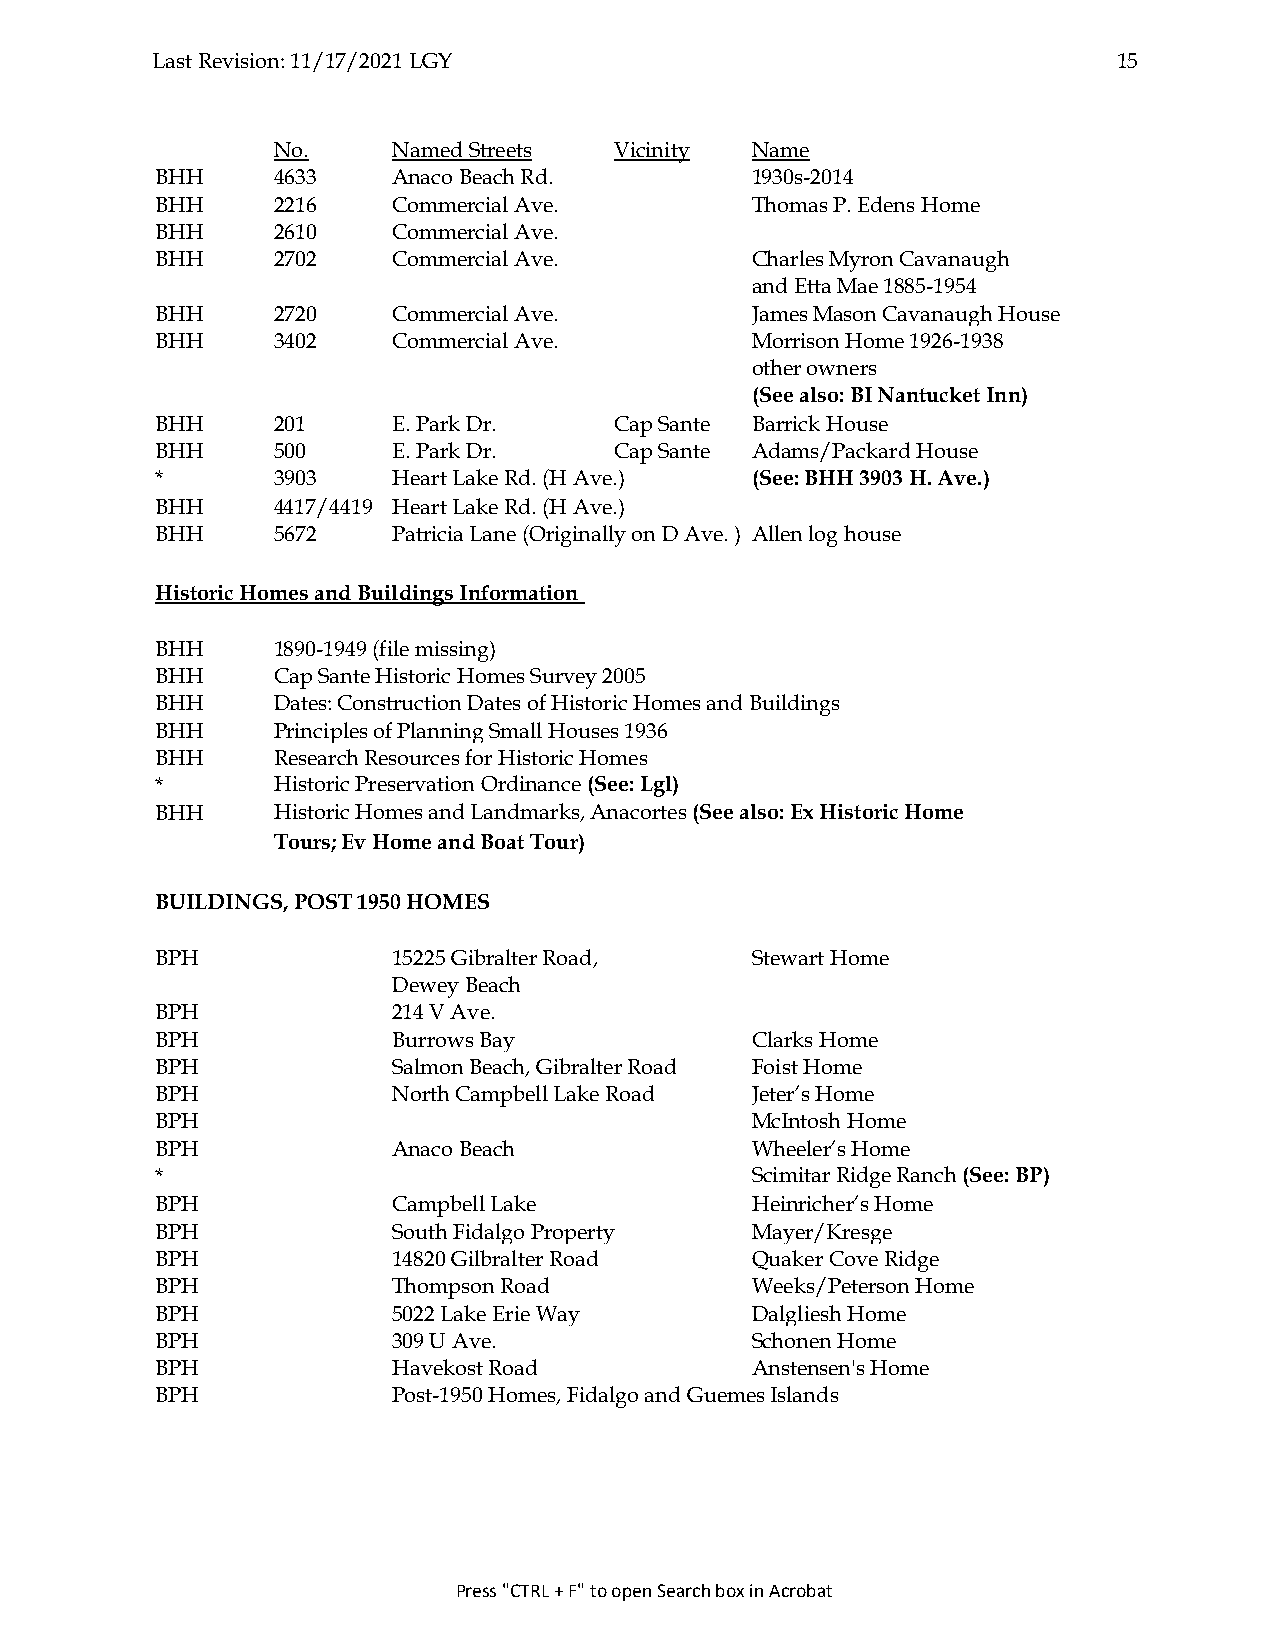
Last Revision: 11/17/2021 LGY                                   15
 No.     Named Streets  Vicinity Name
 BHH     4633    Anaco Beach Rd.         1930s-2014
 BHH     2216    Commercial Ave.         Thomas P. Edens Home
 BHH     2610    Commercial Ave.
 BHH     2702    Commercial Ave.         Charles Myron Cavanaugh
 and Etta Mae 1885-1954
 BHH     2720    Commercial Ave.         James Mason Cavanaugh House
 BHH     3402    Commercial Ave.         Morrison Home 1926-1938
 other owners
 (See also: BI Nantucket Inn)
 BHH     201     E. Park Dr.    Cap Sante Barrick House
 BHH     500     E. Park Dr.    Cap Sante Adams/Packard House
 *       3903    Heart Lake Rd. (H Ave.) (See: BHH 3903 H. Ave.)
 BHH     4417/4419 Heart Lake Rd. (H Ave.)
 BHH     5672    Patricia Lane (Originally on D Ave. ) Allen log house
 Historic Homes and Buildings Information
 BHH     1890-1949 (file missing)
 BHH     Cap Sante Historic Homes Survey 2005
 BHH     Dates: Construction Dates of Historic Homes and Buildings
 BHH     Principles of Planning Small Houses 1936
 BHH     Research Resources for Historic Homes
 *       Historic Preservation Ordinance (See: Lgl)
 BHH     Historic Homes and Landmarks, Anacortes (See also: Ex Historic Home
 Tours; Ev Home and Boat Tour)
 BUILDINGS, POST 1950 HOMES
 BPH             15225 Gibralter Road,   Stewart Home
 Dewey Beach
 BPH             214 V Ave.
 BPH             Burrows Bay             Clarks Home
 BPH             Salmon Beach, Gibralter Road Foist Home
 BPH             North Campbell Lake Road Jeter’s Home
 BPH                                     McIntosh Home
 BPH             Anaco Beach             Wheeler’s Home
 *                                       Scimitar Ridge Ranch (See: BP)
 BPH             Campbell Lake           Heinricher’s Home
 BPH             South Fidalgo Property  Mayer/Kresge
 BPH             14820 Gilbralter Road   Quaker Cove Ridge
 BPH             Thompson Road           Weeks/Peterson Home
 BPH             5022 Lake Erie Way      Dalgliesh Home
 BPH             309 U Ave.              Schonen Home
 BPH             Havekost Road           Anstensen's Home
 BPH             Post-1950 Homes, Fidalgo and Guemes Islands
 Press "CTRL + F" to open Search box in Acrobat